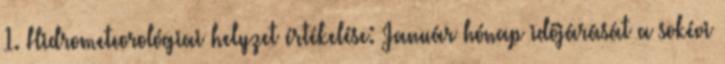
1. Hidrometeorológiai helyzet értékelése: Január hónap időjárását a sokévi